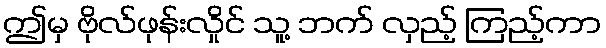
ဤမှ ဗိုလ်ဖုန်းလှိုင် သူ့ ဘက် လှည့် ကြည့်ကာ